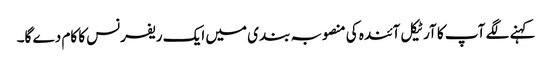
کہنے لگے آپ کا آرٹیکل آئندہ کی منصوبہ بندی میں ایک ریفرنس کا کام دے گا۔